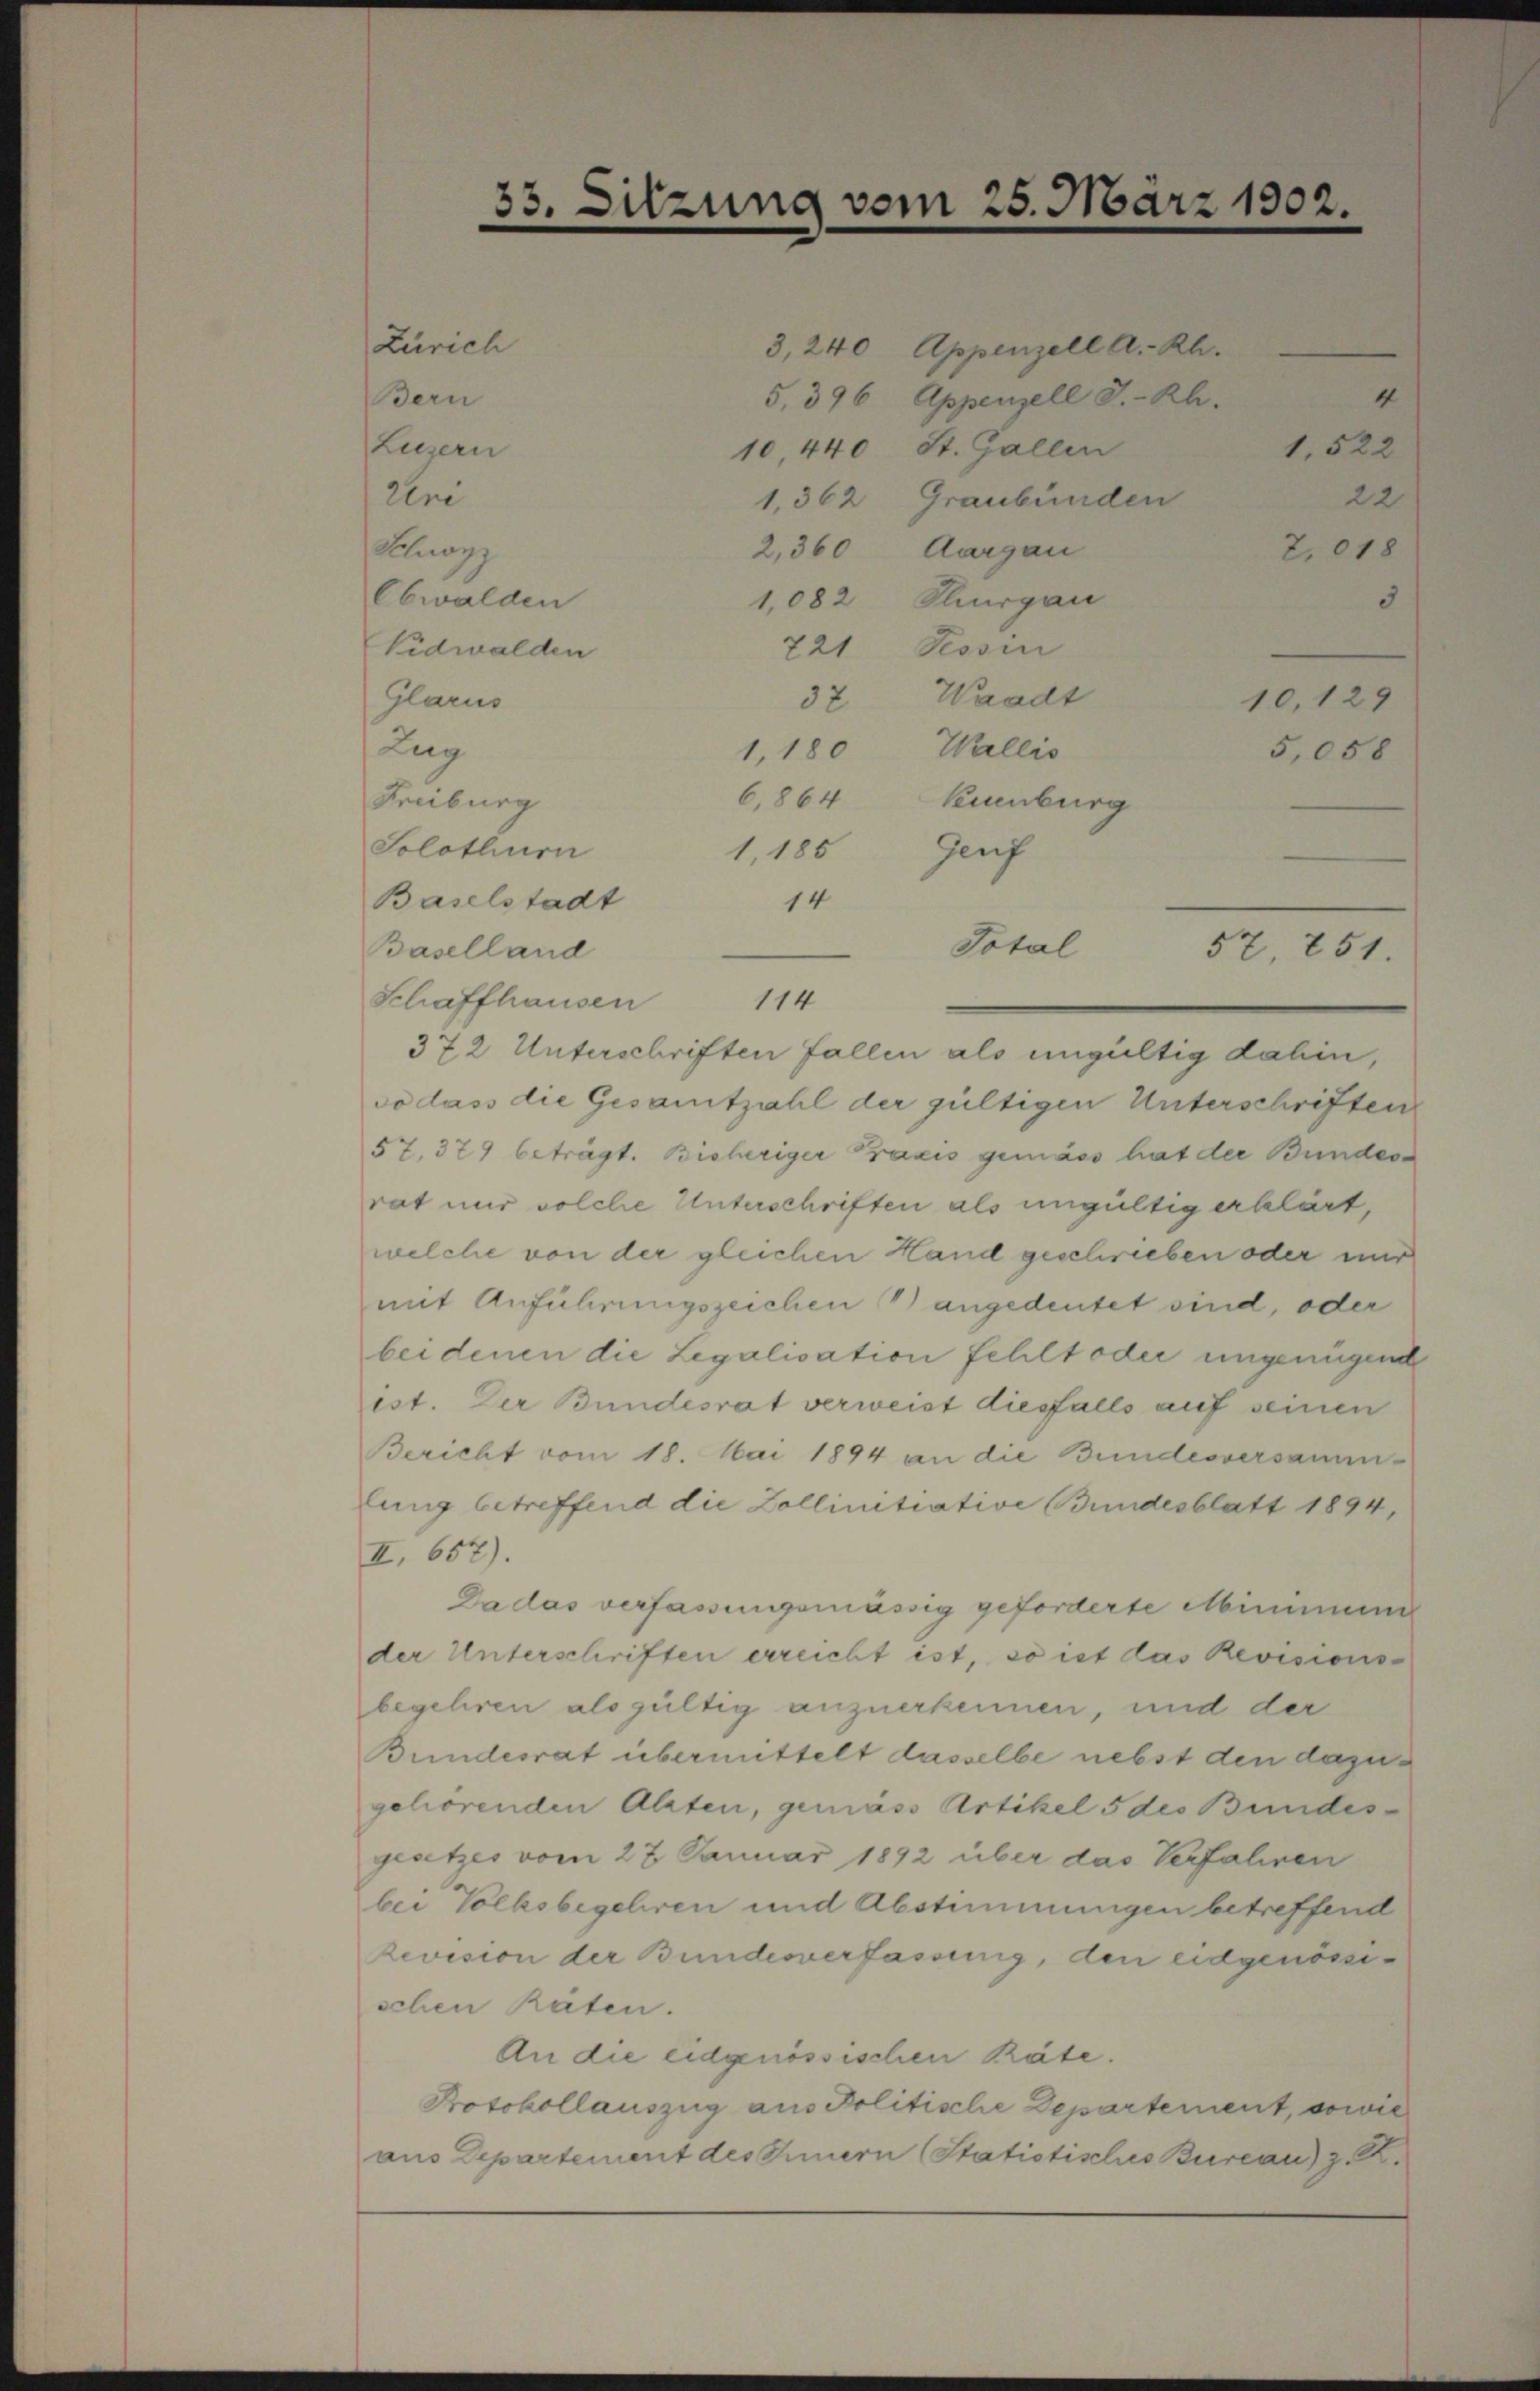
Bern
Luzern

10,440 St. Gallen
Ure
1,362 Graubünden
2,360 Aargau
Schanz
1,082 Thurgau
Obwalden
721 Tessin
Nidwalden
32 Waadt
Glarus
Zug
1,180 Wallis
6,864 Neuenburg
Freiburg
Solothurn
1,185 Genf
Baselstadt
14
Baselland
Schaffhausen 114
372 Unterschriften Fallen als ungültig dahin,
so dass die Gesamtzahl der gültigen Unterschriften
57, 379 beträgt. Bicheriger Praxis gemäss hat der Bundesrat nur solche Unterschriften als ungültig erklärt,
welche von der gleichen Hand geschrieben oder mir
mit Anführungszeichen Bangedeutet sind, oder
bei denen die Legalisation fehlt oder ungenügende
est. Der Bundesrat verweist diesfalls auf seinen
Bericht vom 18. Mai 1894 an die Bundesversamm-
lung betreffend die Zollinitiative Bundesblatt 1894,
II. 657).
Da das verfassungsmässig geforderte Minimeng
der Unterschriften erreicht ist, so ist das Revisions-
begehren als gültig anzuerkennen, und der
Bundesrat übermittelt dasselbe nebst den dazugehörenden Alten, gemäss Artikel 5 des Bundesgesetzes vom 27. Januar 1892 über das Verfahren
.
bei Volksbegehren und Abstimmungen betreffend
Revision der Bundesverfassung, den eidgenössischen Räten.
An die eidgenössischen Räte.
Protokollauszug aus Politische Departement, sowie
aus Departement des Innern (Statistisches Burcar) z. B.

Zürich

3.

sitzung vom 25. März 1902.

3,240 Appenzell A.-Rh.
5, 396 Appenzell I.-Rh.

Total

3
10,129
5,058

4
22
7,018

1.522

57, 251.